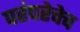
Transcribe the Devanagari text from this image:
परंपरेचेच